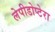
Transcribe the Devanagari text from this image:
लेपीडोप्टेरा